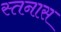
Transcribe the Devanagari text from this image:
स्तनास